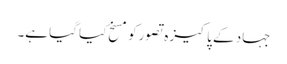
جہاد کے پاکیزہ تصورکومسخ کیا گیا ہے۔